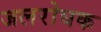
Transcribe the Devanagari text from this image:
जलरोघक